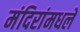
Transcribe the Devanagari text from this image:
मंदिरांमधले